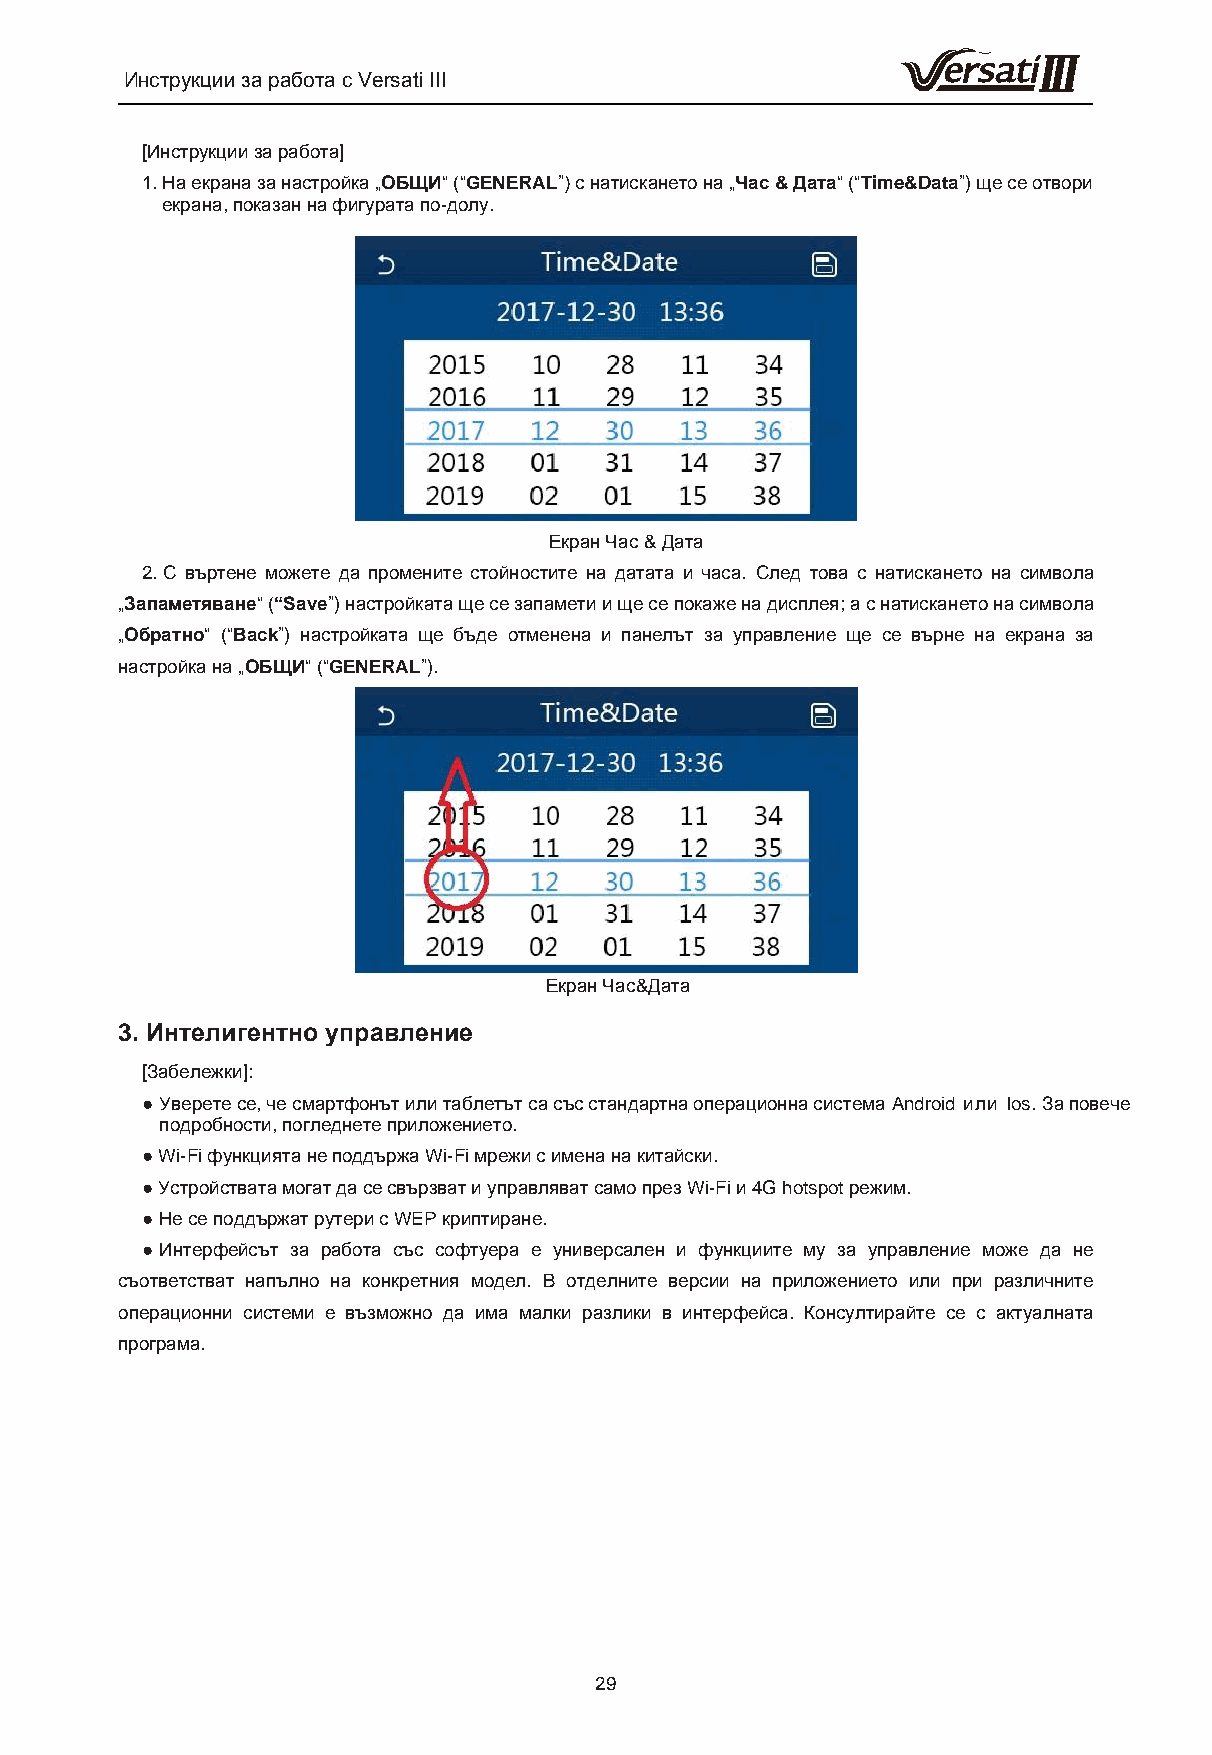
Инструкции за работа с Versati III
 [Инструкции за работа]
 1. На екрана за настройка „ОБЩИ“ (“GENERAL”) с натискането на „Час & Дата“ (“Time&Data”) ще се отвори
 екрана, показан на фигурата по-долу.
 Екран Час & Дата
 2. С въртене можете да промените стойностите на датата и часа. След това с натискането на символа
 „Запаметяване“ (“Save”) настройката ще се запамети и ще се покаже на дисплея; а с натискането на символа
 „Обратно“ (“Back”) настройката ще бъде отменена и панелът за управление ще се върне на екрана за
 настройка на „ОБЩИ“ (“GENERAL”).
 Екран Час&Дата
 3. Интелигентно управление
 [Забележки]:
 ● Уверете се, че смартфонът или таблетът са със стандартна операционна система Android или Ios. За повече
 подробности, погледнете приложението.
 ● Wi-Fi функцията не поддържа Wi-Fi мрежи с имена на китайски.
 ● Устройствата могат да се свързват и управляват само през Wi-Fi и 4G hotspot режим.
 ● Не се поддържат рутери с WEP криптиране.
 ● Интерфейсът за работа със софтуера е универсален и функциите му за управление може да не
 съответстват напълно на конкретния модел. В отделните версии на приложението или при различните
 операционни системи е възможно да има малки разлики в интерфейса. Консултирайте се с актуалната
 програма.
 29